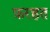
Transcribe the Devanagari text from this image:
फ़रहत